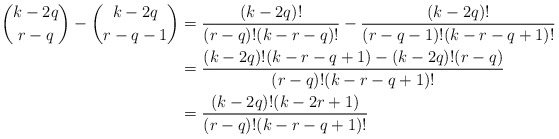
\begin{align*} \binom{k-2q}{r-q} - \binom{k-2q}{r-q-1} &= \frac{(k-2q)!}{(r-q)! (k-r-q)!} - \frac{(k-2q)!}{(r-q-1)! (k-r-q+1)!} \\ &= \frac{(k-2q)! (k-r-q+1) - (k-2q)! (r-q)}{(r-q)! (k-r-q+1)!} \\ &= \frac{(k-2q)! (k-2r+1)}{(r-q)! (k-r-q+1)!} \end{align*}